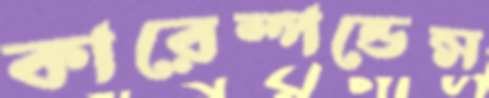
কারেস্পন্ডেন্স